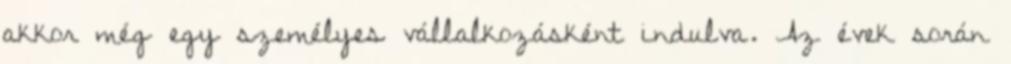
akkor még egy személyes vállalkozásként indulva. Az évek során